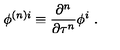
\phi ^ { { ( n ) } i } \equiv \frac { \partial ^ { n } } { \partial \tau ^ { n } } \phi ^ { i } \ .